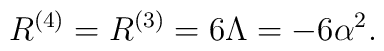
R^{(4)} = R^{(3)} = 6\Lambda = -6\alpha^2.